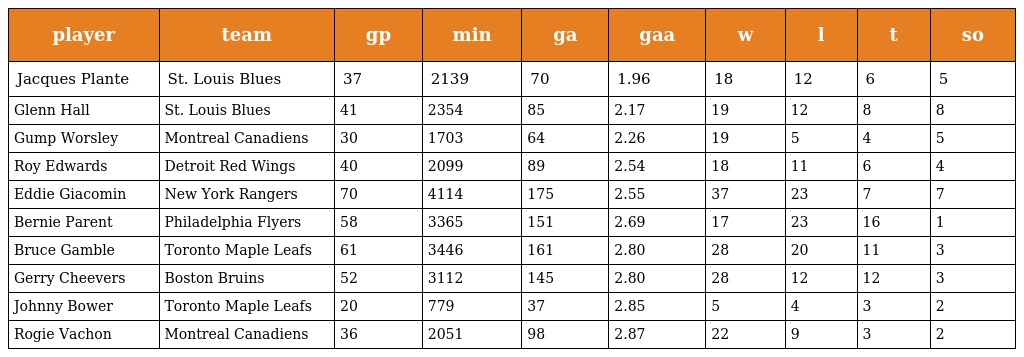
| player | team | gp | min | ga | gaa | w | l | t | so |
 | --- | --- | --- | --- | --- | --- | --- | --- | --- | --- |
 | Jacques Plante | St. Louis Blues | 37 | 2139 | 70 | 1.96 | 18 | 12 | 6 | 5 |
 | Glenn Hall | St. Louis Blues | 41 | 2354 | 85 | 2.17 | 19 | 12 | 8 | 8 |
 | Gump Worsley | Montreal Canadiens | 30 | 1703 | 64 | 2.26 | 19 | 5 | 4 | 5 |
 | Roy Edwards | Detroit Red Wings | 40 | 2099 | 89 | 2.54 | 18 | 11 | 6 | 4 |
 | Eddie Giacomin | New York Rangers | 70 | 4114 | 175 | 2.55 | 37 | 23 | 7 | 7 |
 | Bernie Parent | Philadelphia Flyers | 58 | 3365 | 151 | 2.69 | 17 | 23 | 16 | 1 |
 | Bruce Gamble | Toronto Maple Leafs | 61 | 3446 | 161 | 2.80 | 28 | 20 | 11 | 3 |
 | Gerry Cheevers | Boston Bruins | 52 | 3112 | 145 | 2.80 | 28 | 12 | 12 | 3 |
 | Johnny Bower | Toronto Maple Leafs | 20 | 779 | 37 | 2.85 | 5 | 4 | 3 | 2 |
 | Rogie Vachon | Montreal Canadiens | 36 | 2051 | 98 | 2.87 | 22 | 9 | 3 | 2 |